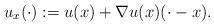
LaTeX: \begin{align*}u_x(\cdot):=u(x)+\nabla u(x)(\cdot-x).\end{align*}